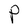
Character: P